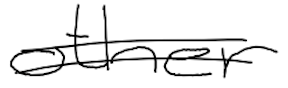
Text: other
Cross-out: double-line
Writing tool: digital_black